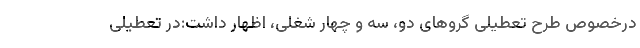
درخصوص طرح تعطیلی گروهای دو، سه و چهار شغلی، اظهار داشت:در تعطیلی